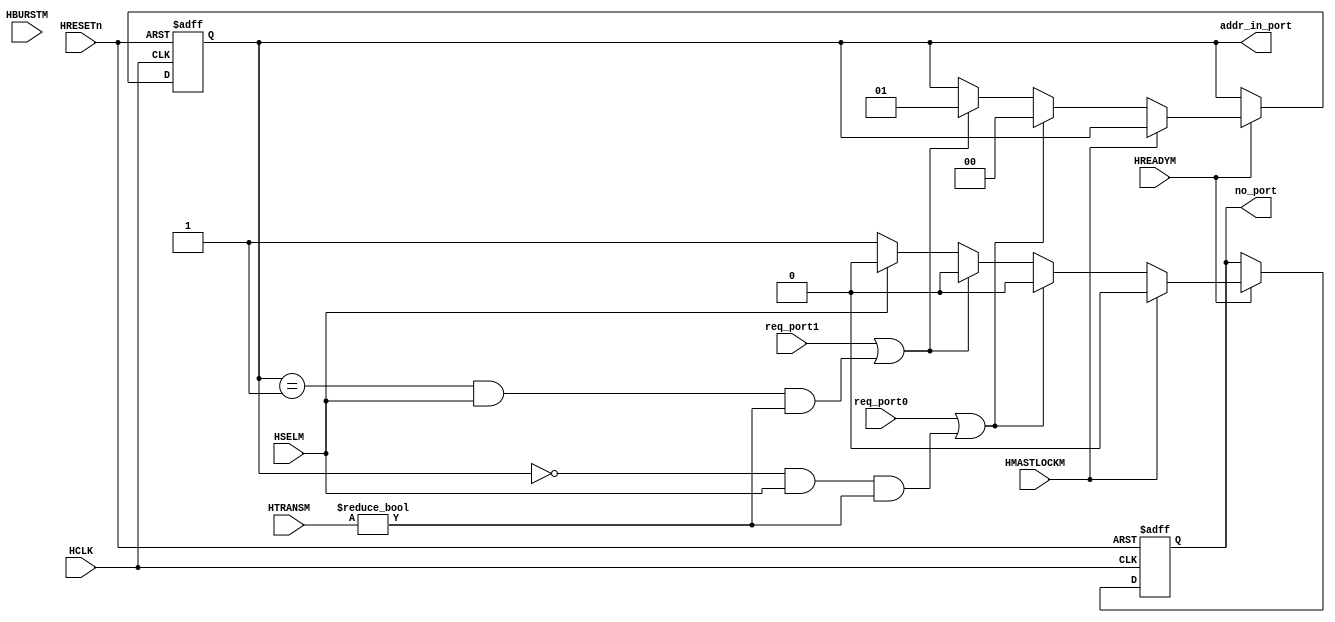
//-----------------------------------------------------------------------------
// The confidential and proprietary information contained in this file may
// only be used by a person authorised under and to the extent permitted
// by a subsisting licensing agreement from ARM Limited.
//
//            (C) COPYRIGHT 2001-2013 ARM Limited.
//                ALL RIGHTS RESERVED
//
// This entire notice must be reproduced on all copies of this file
// and copies of this file may only be made by a person if such person is
// permitted to do so under the terms of a subsisting license agreement
// from ARM Limited.
//
//      SVN Information
//
//      Checked In          : $Date: 2013-01-09 11:26:04 +0000 (Wed, 09 Jan 2013) $
//
//      Revision            : $Revision: 233041 $
//
//      Release Information : Cortex-M System Design Kit-r1p0-01rel0
//
//-----------------------------------------------------------------------------
//
//------------------------------------------------------------------------------
//  Abstract            : The Output Arbitration is used to determine which
//                        of the input stages will be given access to the
//                        shared slave.
//
//  Notes               : The bus matrix has sparse connectivity.
//
//-----------------------------------------------------------------------------

`timescale 1ns/1ps

module cmsdk_mcu_mtx4x2_arb_M1 (

    // Common AHB signals
    HCLK ,
    HRESETn,

    // Input port request signals
    req_port0,
    req_port1,

    HREADYM,
    HSELM,
    HTRANSM,
    HBURSTM,
    HMASTLOCKM,

    // Arbiter outputs
    addr_in_port,
    no_port

    );


// -----------------------------------------------------------------------------
// Input and Output declarations
// -----------------------------------------------------------------------------

    // Common AHB signals
    input        HCLK;         // AHB system clock
    input        HRESETn;      // AHB system reset

    input        req_port0;     // Port 0 request signal
    input        req_port1;     // Port 1 request signal

    input        HREADYM;      // Transfer done
    input        HSELM;        // Slave select line
    input  [1:0] HTRANSM;      // Transfer type
    input  [2:0] HBURSTM;      // Burst type
    input        HMASTLOCKM;   // Locked transfer

    output [1:0] addr_in_port;   // Port address input
    output       no_port;       // No port selected signal


// -----------------------------------------------------------------------------
// Wire declarations
// -----------------------------------------------------------------------------
    wire       HCLK;           // AHB system clock
    wire       HRESETn;        // AHB system reset
    wire       req_port0;       // Port 0 request signal
    wire       req_port1;       // Port 1 request signal
    wire       HREADYM;        // Transfer done
    wire       HSELM;          // Slave select line
    wire [1:0] HTRANSM;        // Transfer type
    wire       HMASTLOCKM;     // Locked transfer
    wire [1:0] addr_in_port;     // Port address input
    reg        no_port;         // No port selected signal


// -----------------------------------------------------------------------------
// Signal declarations
// -----------------------------------------------------------------------------
    reg  [1:0] addr_in_port_next; // D-input of addr_in_port
    reg  [1:0] iaddr_in_port;    // Internal version of addr_in_port
    reg        no_port_next;     // D-input of no_port


// -----------------------------------------------------------------------------
// Beginning of main code
// -----------------------------------------------------------------------------
//------------------------------------------------------------------------------
// Port Selection
//------------------------------------------------------------------------------
// The Output Arbitration function looks at all the requests to use the
//  output port and determines which is the highest priority request. This
//  version of the arbitration logic uses a fixed priority scheme where input
//  port 0 is the highest priority, input port 1 is the second highest
//  priority, etc.
// If none of the input ports are requesting then the current port will
//  remain active if it is performing IDLE transfers to the selected slave. If
//  this is not the case then the no_port signal will be asserted which
//  indicates that no input port should be selected.

  always @ (
             req_port0 or
             req_port1 or
             HSELM or HTRANSM or HMASTLOCKM or iaddr_in_port
           )

  begin : p_sel_port_comb
    // Default values are used for addr_in_port_next and no_port_next
    no_port_next     = 1'b0;
    addr_in_port_next = iaddr_in_port;

    if (HMASTLOCKM)
      addr_in_port_next = iaddr_in_port;
    else if ( req_port0 | ( (iaddr_in_port == 2'b00) & HSELM &
                            (HTRANSM != 2'b00) ) )
      addr_in_port_next = 2'b00;
    else if ( req_port1 | ( (iaddr_in_port == 2'b01) & HSELM &
                            (HTRANSM != 2'b00) ) )
      addr_in_port_next = 2'b01;
    else if (HSELM)
      addr_in_port_next = iaddr_in_port;
    else
      no_port_next = 1'b1;
  end // block: p_sel_port_comb


  // Sequential process
  always @ (negedge HRESETn or posedge HCLK)
  begin : p_addr_in_port_reg
    if (~HRESETn)
      begin
        no_port      <= 1'b1;
        iaddr_in_port <= {2{1'b0}};
      end
    else
      if (HREADYM)
        begin
          no_port      <= no_port_next;
          iaddr_in_port <= addr_in_port_next;
        end
  end // block: p_addr_in_port_reg

  // Drive output with internal version
  assign addr_in_port = iaddr_in_port;


endmodule

// --================================= End ===================================--